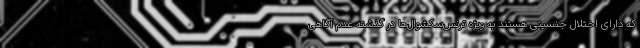
که دارای اختلال جنسیتی هستند به ویژه ترنس‌سکشوال‌ها در گذشته عدم آگاهی